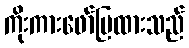
ကိုးကားဖော်ပြထားသည်